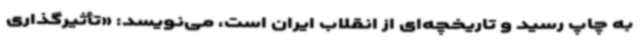
به چاپ رسید و تاریخچه‌ای از انقلاب ایران است، می‌نویسد: «تأثیرگذاری